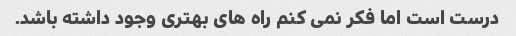
درست است اما فکر نمی کنم راه های بهتری وجود داشته باشد.